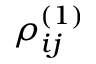
\rho _ { i j } ^ { ( 1 ) }